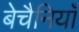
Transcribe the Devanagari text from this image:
बेचैनियाँ